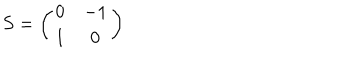
S = \left( \begin{array} { c c } { { 0 } } & { { - 1 } } \\ { { 1 } } & { { 0 } } \\ \end{array} \right)